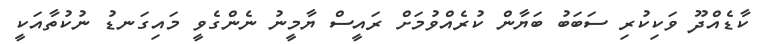
ކާޑެއްދޫ ވަކިކުރި ސަބަބު ބަޔާން ކުރެއްވުމަށް ރައީސް ޔާމީނު ނެންގެވީ މައިގަނޑު ނުކުތާއަކީ